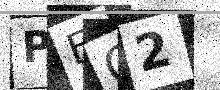
Text: PEO2